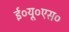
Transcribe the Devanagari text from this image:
ई०यू०एस०